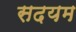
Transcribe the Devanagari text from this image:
सदयम